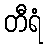
တီရံ